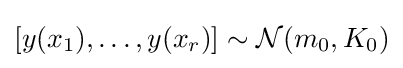
[y(x_{1}),\ldots ,y(x_{r})]\sim {\mathcal {N}}(m_{0},K_{0})